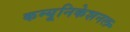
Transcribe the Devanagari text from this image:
कम्यूनिकेशनल